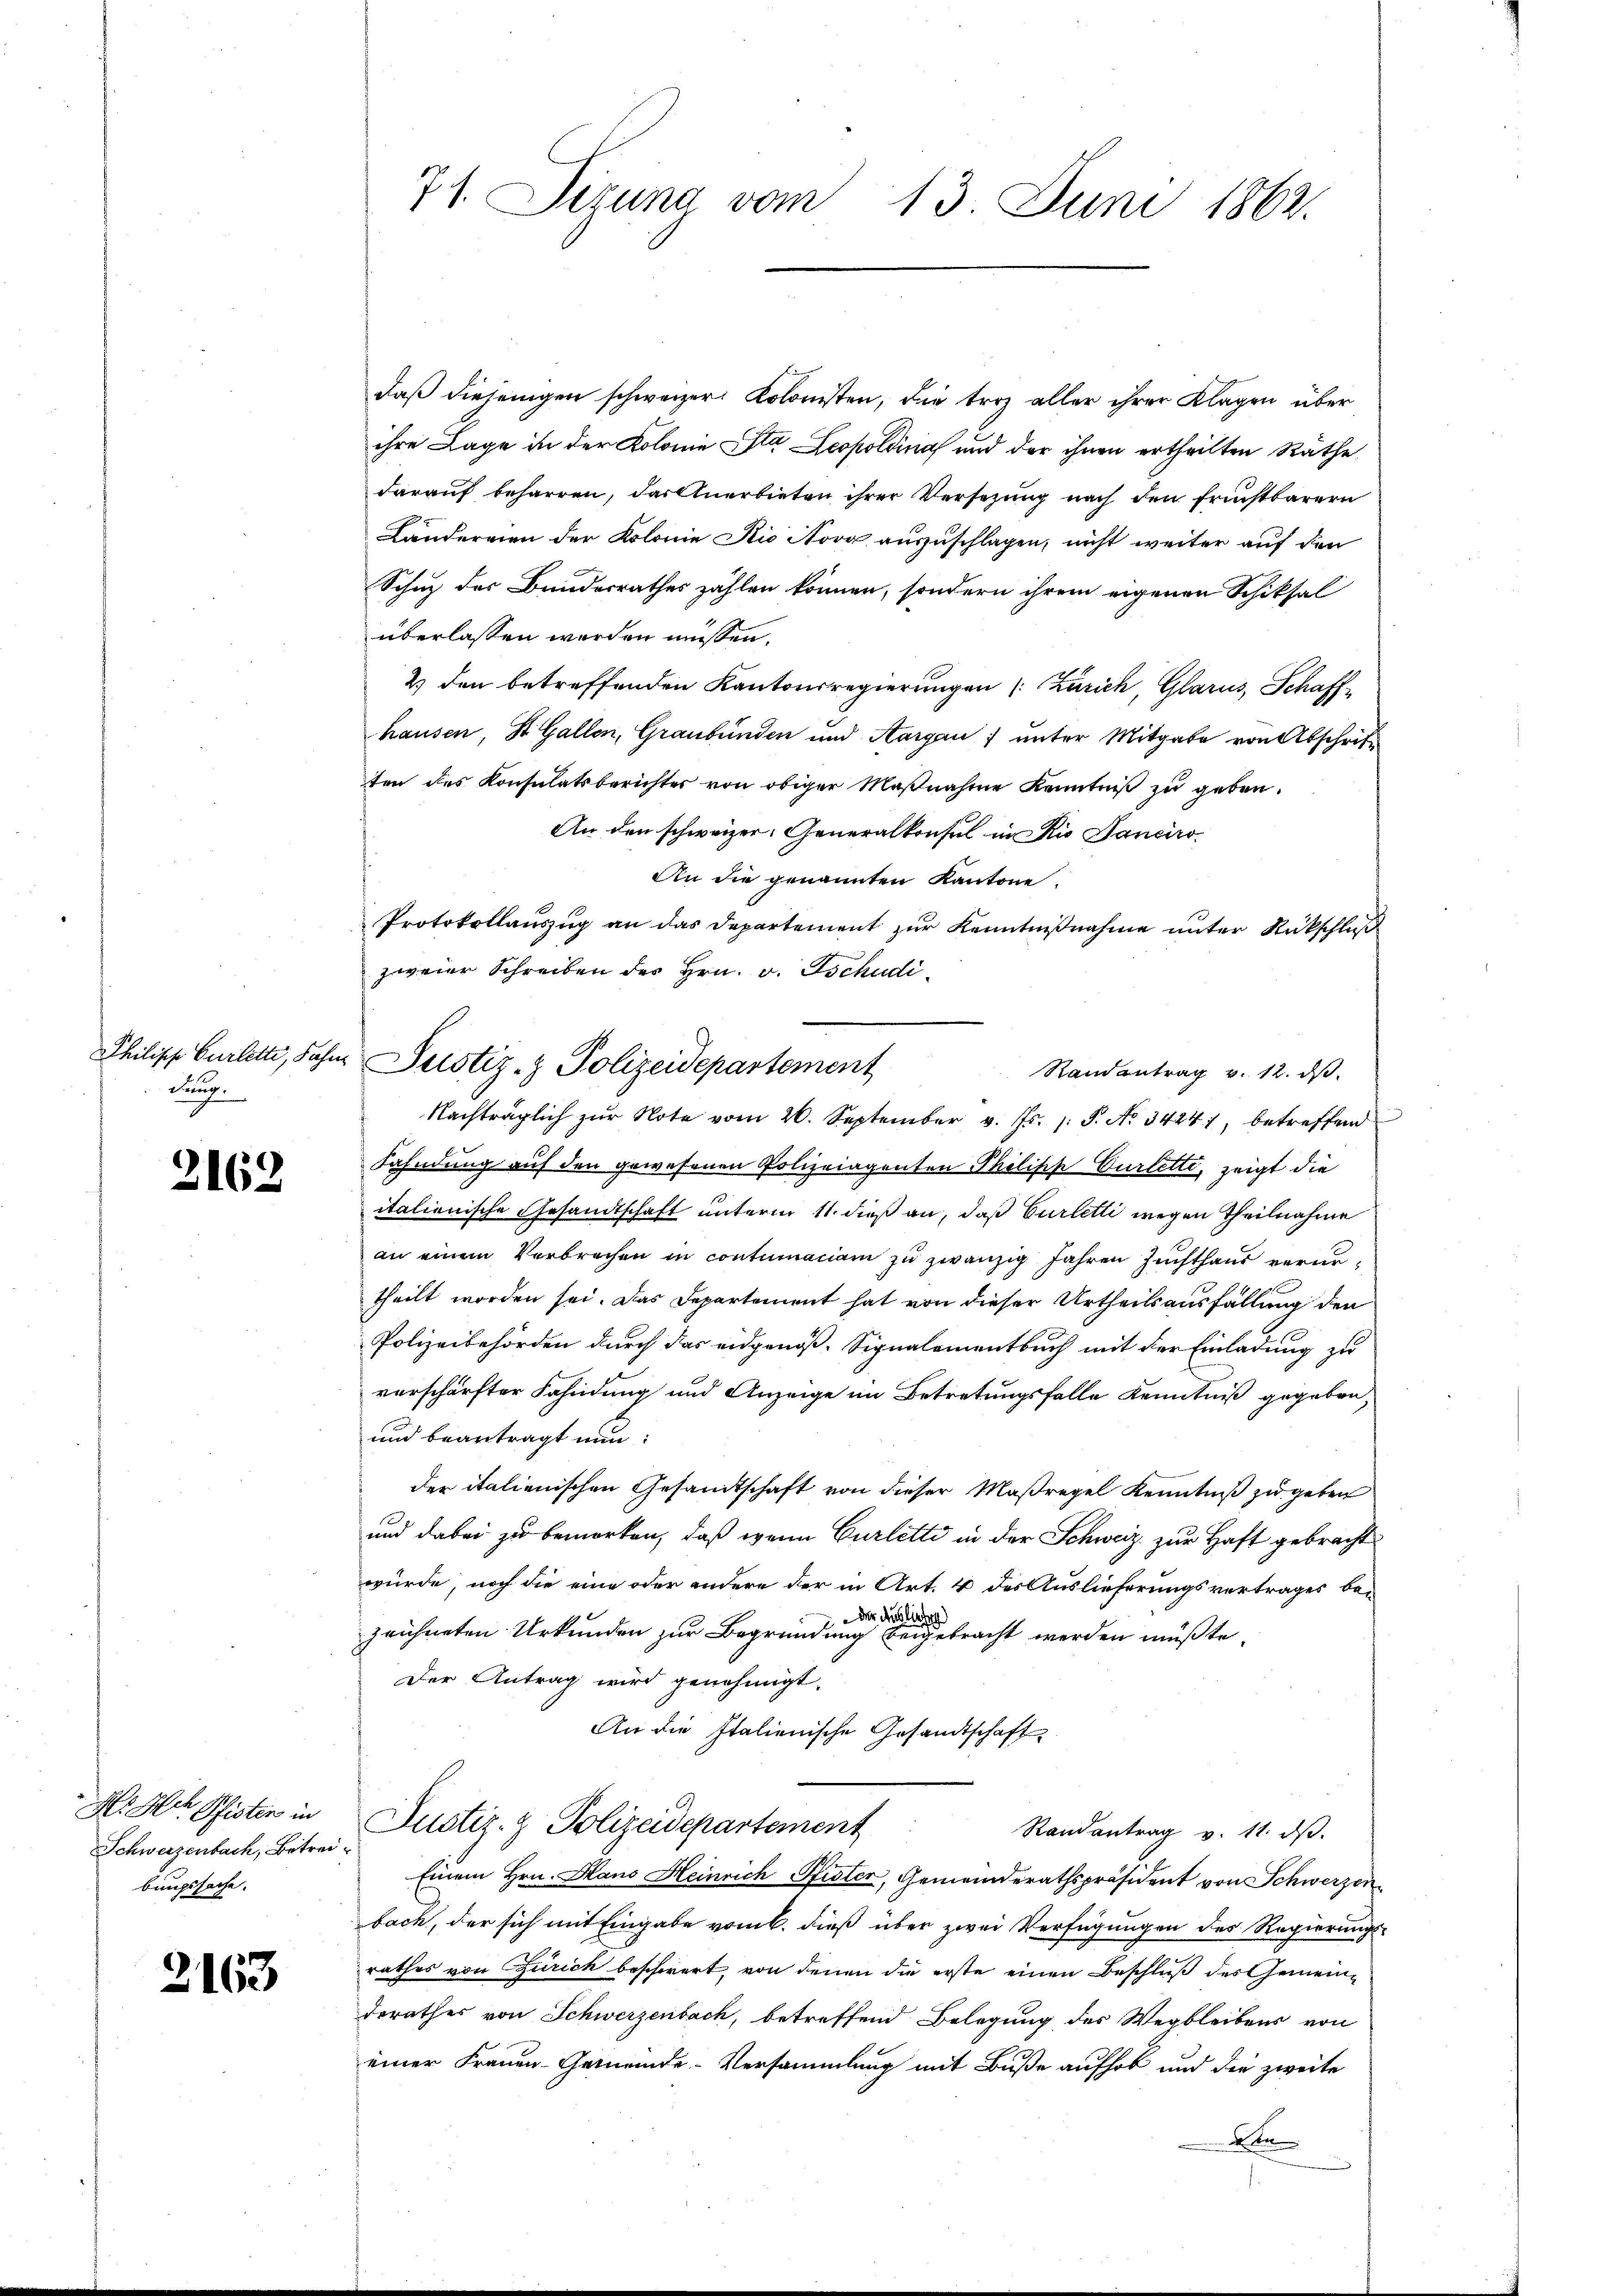
dung.

2162

Hs. Hch. Pfisten in
Schwerzenbach, Betrei
bungssache.

2163

71. Sizung vom 13. Juni 1862.

daß diejenigen schweizer. Kolonisten, die troz aller ihrer Klagen über
ihre Lage in der Kolonie Sta Leopoldina und der ihnen ertheilten Räthe
darauf beharren, dartnerbieten ihrer Versetzung nach den frühtbarern
Ländereien der Kolonie Nie Nova auszuschlagen, nicht weiter auf den
Schuz der Bundesrathes zählen können, sondern ihrem eigenen Schiksal
überlassen werden müssen.
2) den betreffenden Kantonsregierungen (Zürich, Glarus, Schaff-
hausen, St. Gallen, Graubünden und Aargau unter Mitgabe von Abschritten des Konsulatsberichter von obiger Maβnahme kenntniβ zŭ geben.
An den schweizer. Generalkonsul in Rio Janeiro
An die genannten Kantone
Protokollauszug an das Departement zur Kenntnißnahme unter Rückschluß
zweier Schreiben des Hrn. v. Tschudi¬
Randantrag v. 12. dβ
Nachträglich zur Note vom 26. September v. Js. s. S. No 34241, betreffend
Fahndung auf den gewesenen Polizeiaganten Philisch Verlette, zeigt die
italienische Gesandtschaft unterm 11. dieß an, daß Curletti wegen Theilnahme
an einem Verbrechen in contumaciam zu zwanzig Jahren Zuchthaus verurtheilt worden sei. Das Departement hat von dieser Urtheilsausfällung den
Polizeibehörden durch das eidgenöß. Signalementbuch mit der Einladung zu
vorschärfter Fahndung und Anzeige im Betretungsfalle Kenntniß gegeben,
und beantragt nun:
der italienischen Gesandtschaft von dieser Maßregel Kenntniß zu geben
und dabei zu bemerken, daß wenn Curlitti in der Schweiz zur Haft gebracht
würde, noch die eine oder andere der in Art. 4 des Auslieferungsvertrages be¬
 der Auslie
zeichneten Urkunden zur Begründung beigebracht werden müßte.
Der Antrag wird genehmigt.
An die Italienische Gesandtschaft
Justiz- & Polizeidepartement
Randantrag v. 11. dβ.
Einem Hrn. Hans Heinrich Pfister, Gemeinderathspräsident von Schwerzen
bach, der sich mit Eingabe vom 6. dieß über zwei Verfügungen des Regierungs-
rathes von Zürich beschwert, von denen die erste einen Beschluß des Gemeindrrathes von Schwerzenbach, betreffend Belegung des Wegbleibens von
einer Frauen Gemeinde-Versammlung mit Buße aufhob und die zweite
An
.

Philipp Curlette, Jahre Justiz- & Polizeidepartement